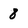
Character: 8